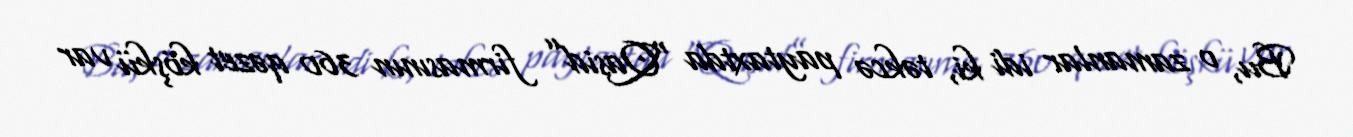
Bu, o zamanlar idi ki, təkcə paytaxtda “Qasid” firmasının 360 qəzet köşkü var